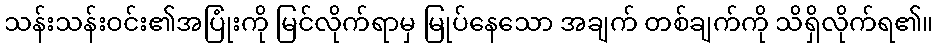
သန်းသန်းဝင်း၏အပြုံးကို မြင်လိုက်ရာမှ မြုပ်နေသော အချက် တစ်ချက်ကို သိရှိလိုက်ရ၏။